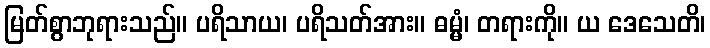
မြတ်စွာဘုရားသည်။ ပရိသာယ၊ ပရိသတ်အား။ ဓမ္မံ၊ တရားကို။ ယ ဒေသေတိ၊